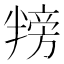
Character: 𪟸